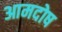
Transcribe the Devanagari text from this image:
आमदोष